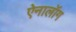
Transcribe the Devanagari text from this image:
ऐनालॉग